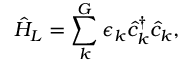
\Hat { H } _ { L } = \sum _ { k } ^ { G } \epsilon _ { k } \hat { c } _ { k } ^ { \dagger } \hat { c } _ { k } ,